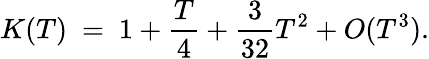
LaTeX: K(T)~=~1+{\frac{T}{4}}+{\frac{3}{32}}T^{2}+O(T^{3}).